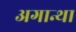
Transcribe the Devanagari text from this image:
अगान्था